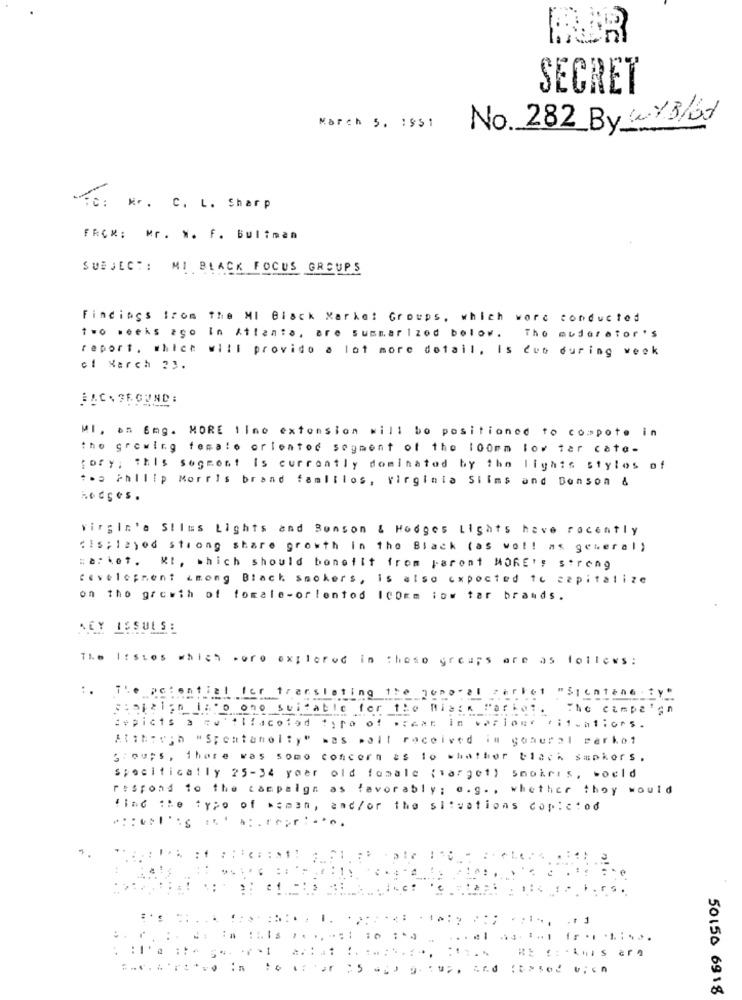
SECRET
No. 282 By ( .. /3/67
March 5. 1951
To: kr. C. L. Sharp
FRCK: Mr. N. F. Buliman
SUBJECT: MI BLACK FOCUS GROUPS
Findings from the MI Black Market Groups, which word conducted
two weeks ago In Atlanta, are summarized below. The muderator 's
report, which will provide a lot more detail, Is dub during week
of March 23.
BACAFECUND :
MI, an Eng. MORE line extension will be positioned to compote in
the growing female orlentod segment of the 100mm low tar cate-
rory ; this segment Is currently dominated by the lights stylos of
tos Philip Morris brand famlilos, Virginia Siims and Benson &
hodges.
virgin'a Slims Lights and Benson & Hodges Lights have recently
"Is; 12)od strong share growth in the Black (as wol! as general)
=a: ket . KI, which should benefit from parent MORE' : strong
development among Black Smokers, is also expected to capitalize
on the growth of fomale-orlentod I00mm iow tar brands.
Y ISSULSE
The listes which were explored in these groups are as follows:
Fel for translating the jono" el verket "Sienten6 . ty"
Siptelon Into ono suitable for the Mia:k Farkel.
Si. The cimpa'en
depicts a qu'ilfacolad tiro of .rear in verlome cit.aliors.
Although "Spontaneity" was polt received in goaural serkot
Groups , there was somo concern es lo whathor black smokers .
specifically 25-34 year old female {target) smokris, woeld
respond to the campaign as favorably ; e.g. , whether they would
liac the typo of woman, and/or the situations copictod
: 1
50150 6918